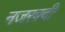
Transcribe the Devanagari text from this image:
नजरबदी